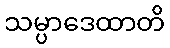
သမ္ပာဒေထာတိ